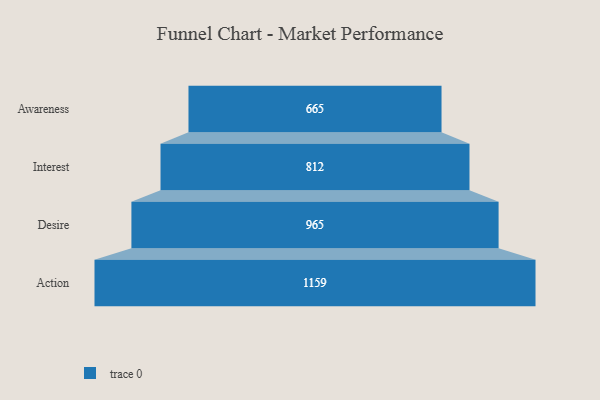
{"axis": {"x": "Stage", "y": "Value"}, "legend": [""], "data": [{"x": "Awareness", "y": 665.0, "type": ""}, {"x": "Interest", "y": 812.0, "type": ""}, {"x": "Desire", "y": 965.0, "type": ""}, {"x": "Action", "y": 1159.0, "type": ""}]}